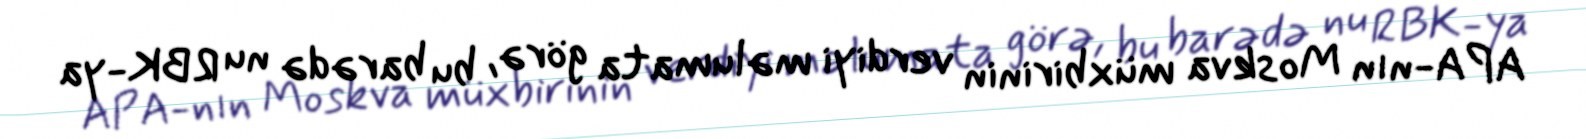
APA-nın Moskva müxbirinin verdiyi məlumata görə, bu barədə nu RBK-ya